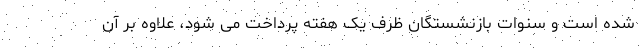
شده است و سنوات بازنشستگان ظرف یک هفته پرداخت می شود، علاوه بر آن